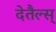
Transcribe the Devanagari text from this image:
देतैल्स्